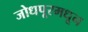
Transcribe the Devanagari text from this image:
जोधपूरमधून